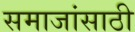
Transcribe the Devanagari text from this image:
समाजांसाठी